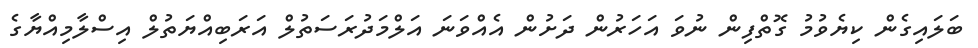
ބަލައިގެން ކިޔެވުމު ގޮތްފިން ނުވަ އަހަރުން ދަށުން އެއްވަނަ އަލްމަދުރަސަތުލް އަރަބިއްޔަތުލް އިސްލާމިއްޔާގެ